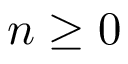
n \geq 0